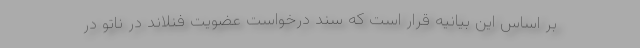
بر اساس این بیانیه قرار است که سند درخواست عضویت فنلاند در ناتو در